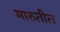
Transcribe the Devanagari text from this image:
मारुतीत